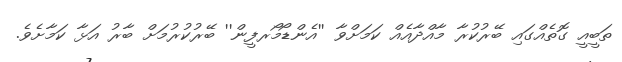
ތަބީއީ ގޮތެއްގައި ބޭރުކުރާ މާއްދާއެއް ކަމަށްވާ ''އެންޑޯމޯރފީން'' ބޭރުކުރުމަށް ބާރު އަޅާ ކަމާށެވެ.